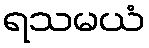
ရသမယံ